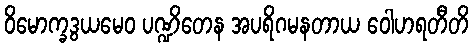
ဝိမောက္ခဒွယမေဝ ပဏ္ဍိတေန အပရိဂမနတာယ ဝေါဟရတီတိ